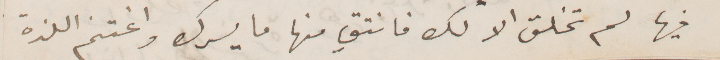
فيها لم تخلق لا لك فانتق منها ما يسرك واغتنم اللذة